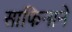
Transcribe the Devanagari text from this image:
साफिनाने